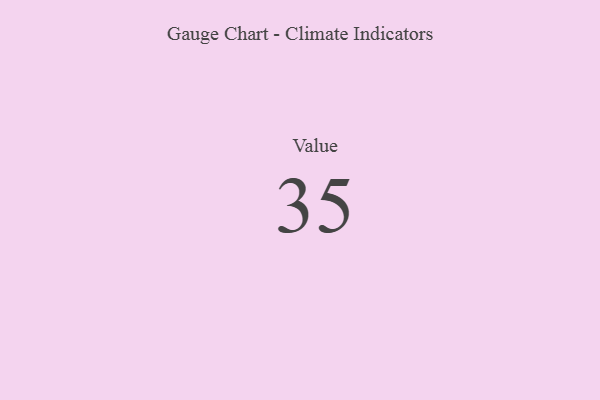
{"axis": {"x": "Metric", "y": "Value"}, "legend": [""], "data": [{"x": "Value", "y": 35, "type": ""}]}